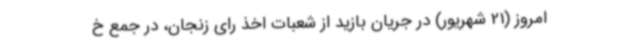
امروز (21 شهریور) در جریان بازید از شعبات اخذ رای زنجان، در جمع خ